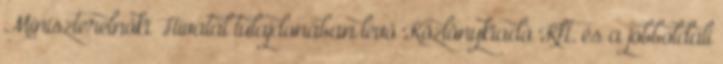
Miniszterelnöki Hivatal tulajdonában lévő Közlönykiadó Kft. és a jobboldali